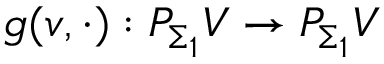
g ( v , \cdot ) : P _ { \Sigma _ { 1 } } V \to P _ { \Sigma _ { 1 } } V